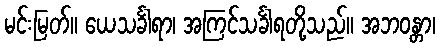
မင်းမြတ်။ ယေသင်္ခါရာ၊ အကြင်သင်္ခါရတို့သည်။ အဘဝန္တာ၊